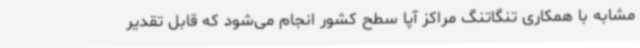
مشابه با همکاری تنگاتنگ مراکز آپا سطح کشور انجام می‌شود که قابل تقدیر